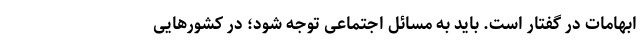
ابهامات در گفتار است. باید به مسائل اجتماعی توجه شود؛ در کشورهایی